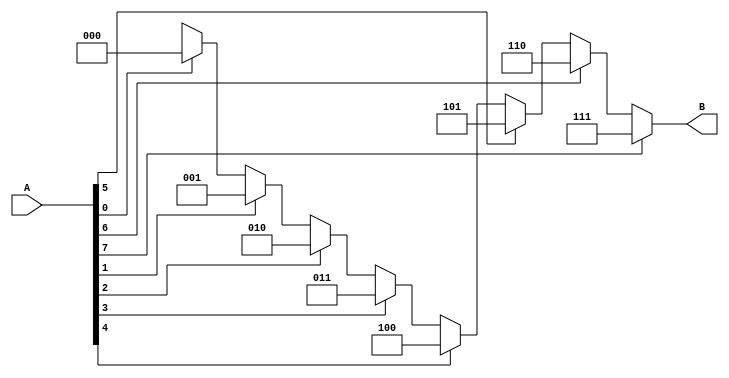
module encoder_rtl (A,B);

input [7:0]A; 
output reg [2:0]B ; 

always @(*) 
  begin 
    if (A[7]==1'b1)
	 
	B=3'b111 ;
	 
	
	else if (A[6]==1'b1)
     
	B=3'b110;
	 
	
	else if (A[5]==1'b1)
     
	B=3'b101;
	 
	
    else if (A[4]==1'b1)
     
	B=3'b100;
	 
	
	else if (A[3]==1'b1)
     
	B=3'b011;
	 
	
	else if (A[2]==1'b1)
     
	B=3'b010; 
	 
	
	else if (A[1]==1'b1)
     
	B=3'b001 ;
	 
	else if (A[0]==1'b1)
     
	B=3'b000 ;
	 
	else 
	B=3'bxxx ;
	 
	
  
  end
 
endmodule